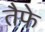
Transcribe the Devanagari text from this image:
तैफे